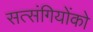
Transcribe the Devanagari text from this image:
सत्‍संगियोंको